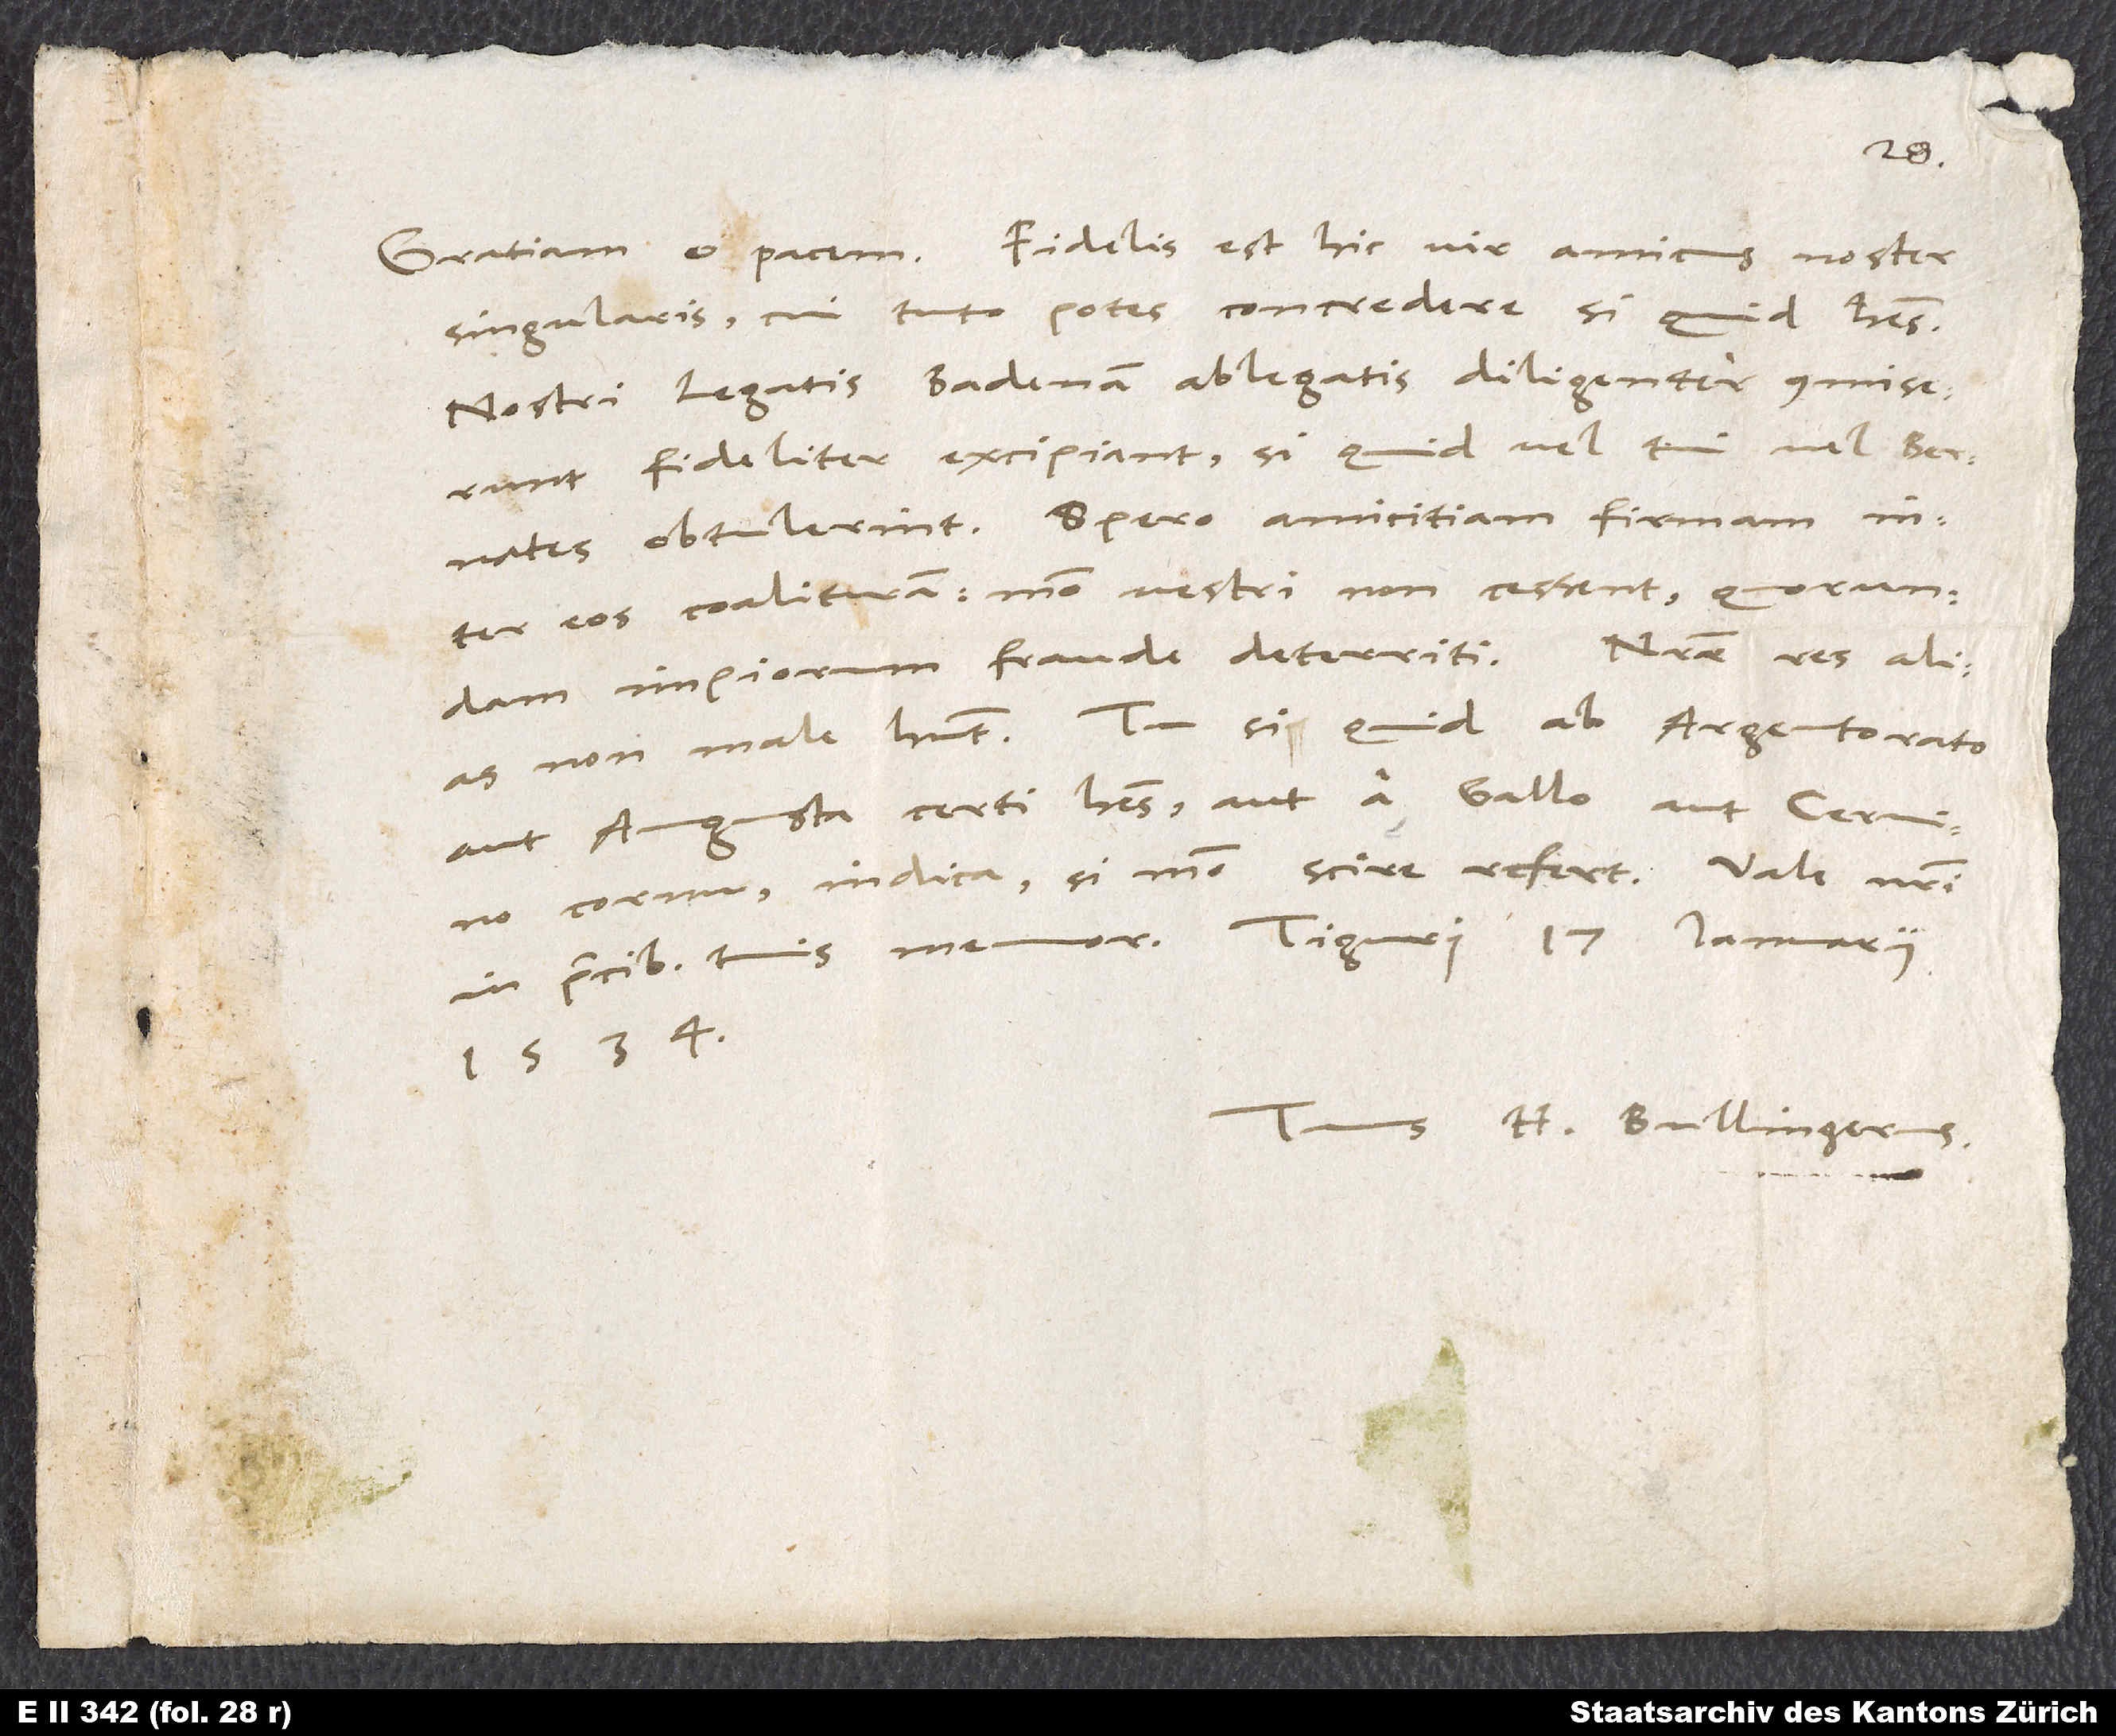
singularis, cui tuto potes concredere, si quid habes.
Nostri legatis Badenam ablegatis diligenter commiserunt,
fideliter excipiant, si quid vel tui vel Bernates
obtulerint. Spero amicitiam firmam
eos coalituram, modo vestri non cessent quorundam
non male habent. Tu si quid ab Argentorato
aut Augusta certi habes aut a Gallo aut Cervino
1534.
Tuus H. Bullingerus.